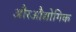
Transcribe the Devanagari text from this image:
औरऔद्योगिक